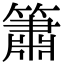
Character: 簫